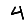
Digit: 4